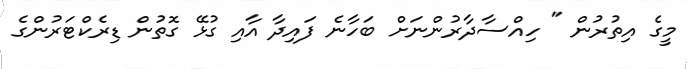
މީގެ އިތުރުން " ހިއްސާދާރުންނަށް ބަހާނެ ފައިދާ އާއި ގުޅޭ ގޮތުން ޑިރެކްޓަރުންގެ